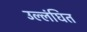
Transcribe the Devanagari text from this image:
उल्लंघित